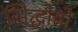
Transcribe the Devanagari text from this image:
सिद्धोतों